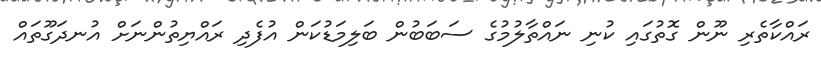
ރައްކާތެރި ނޫން ގޮތުގައި ކުނި ނައްތާލުމުގެ ސަބަބުން ބަލިމަޑުކަން އުފެދި ރައްޔިތުންނަށް އުނދަގޫތައް